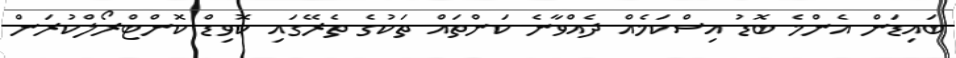
ބައިޑަން އެންމެ ބޮޑު އިސްކަމެއް ދެއްވާނެ ކަންތައް ތަކުގެ ތެރޭގައި ކޮވިޑް ކޮންޓްރޯލްކުރަން